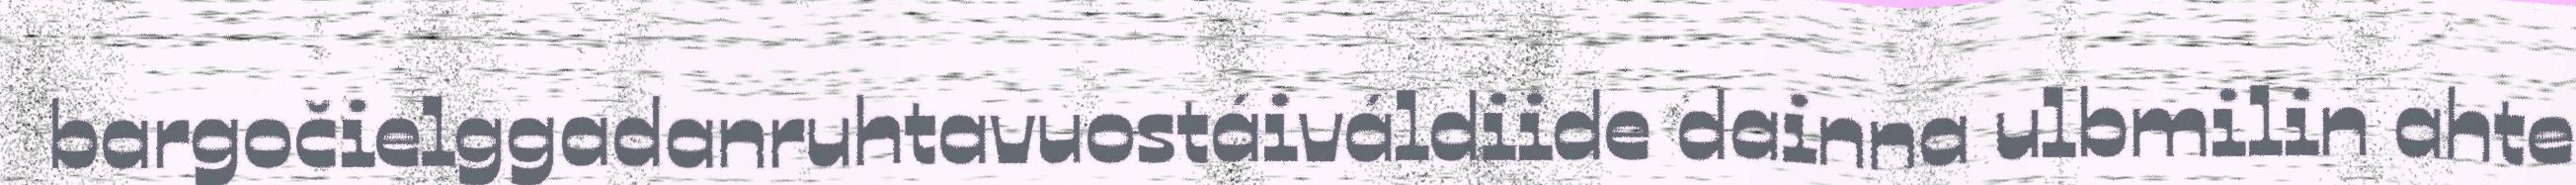
bargočielggadanruhtavuostáiváldiide dainna ulbmilin ahte